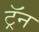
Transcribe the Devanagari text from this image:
ट्रॅन